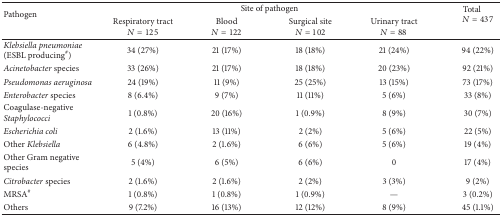
<table><thead><tr><td rowspan="2"><b>Pathogen</b></td><td colspan="4"><b>Site of pathogen</b></td><td rowspan="2"><b>Total<i>N</i> = 437</b></td></tr><tr><td><b>Respiratory tract<i>N</i> = 125</b></td><td><b>Blood<i>N</i> = 122</b></td><td><b>Surgical site<i>N</i> = 102</b></td><td><b>Urinary tract<i>N</i> = 88</b></td></tr></thead><tbody><tr><td><i>Klebsiella pneumoniae</i>(ESBL producing<sup>#</sup>)</td><td>34 (27%)</td><td>21 (17%)</td><td>18 (18%)</td><td>21 (24%)</td><td>94 (22%)</td></tr><tr><td><i>Acinetobacter</i> species</td><td>33 (26%)</td><td>21 (17%)</td><td>18 (18%)</td><td>20 (23%)</td><td>92 (21%)</td></tr><tr><td><i>Pseudomonas aeruginosa </i></td><td>24 (19%)</td><td>11 (9%)</td><td>25 (25%)</td><td>13 (15%)</td><td>73 (17%)</td></tr><tr><td><i>Enterobacter </i>species</td><td>8 (6.4%)</td><td>9 (7%)</td><td>11 (11%)</td><td>5 (6%)</td><td>33 (8%)</td></tr><tr><td>Coagulase-negative <i>Staphylococci </i></td><td>1 (0.8%)</td><td>20 (16%)</td><td>1 (0.9%)</td><td>8 (9%)</td><td>30 (7%)</td></tr><tr><td><i>Escherichia coli </i></td><td>2 (1.6%)</td><td>13 (11%)</td><td>2 (2%)</td><td>5 (6%)</td><td>22 (5%)</td></tr><tr><td>Other <i>Klebsiella </i></td><td>6 (4.8%)</td><td>2 (1.6%)</td><td>6 (6%)</td><td>5 (6%)</td><td>19 (4%)</td></tr><tr><td>Other Gram negative species</td><td>5 (4%)</td><td>6 (5%)</td><td>6 (6%)</td><td>0</td><td>17 (4%)</td></tr><tr><td><i>Citrobacter</i> species</td><td>2 (1.6%)</td><td>2 (1.6%)</td><td>2 (2%)</td><td>3 (3%)</td><td>9 (2%)</td></tr><tr><td>MRSA<sup>#</sup></td><td>1 (0.8%)</td><td>1 (0.8%)</td><td>1 (0.9%)</td><td>—</td><td>3 (0.2%)</td></tr><tr><td>Others</td><td>9 (7.2%)</td><td>16 (13%)</td><td>12 (12%)</td><td>8 (9%)</td><td>45 (1.1%)</td></tr></tbody></table>